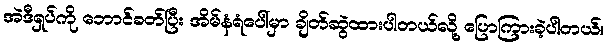
အဲဒီရှပ်ကို ဘောင်ခတ်ပြီး အိမ်နံရံပေါ်မှာ ချိတ်ဆွဲထားပါတယ်လို့ ပြောကြားခဲ့ပါတယ်။